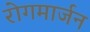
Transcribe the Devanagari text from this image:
रोगमार्जन